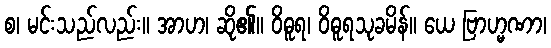
စ၊ မင်းသည်လည်း။ အာဟ၊ ဆို၏။ ဝိဓူရ၊ ဝိဓူရသုခမိန်။ ယေ ဗြာဟ္မဏာ၊